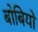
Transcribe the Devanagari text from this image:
बोबियो